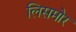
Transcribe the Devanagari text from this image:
लिसमोर